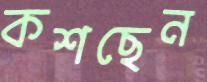
কশছেন